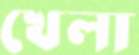
খেলা